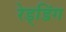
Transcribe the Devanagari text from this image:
रेड्डिंग